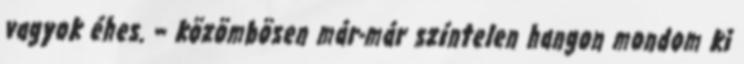
vagyok éhes. – közömbösen már-már színtelen hangon mondom ki